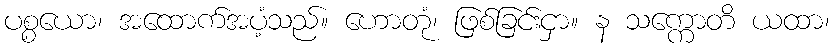
ပစ္စယော၊ အထောက်အပံ့သည်။ ဟောတုံ၊ ဖြစ်ခြင်းငှာ။ န သက္ကောတိ ယထာ၊